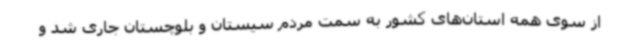
از سوی همه استان‌های کشور به سمت مردم سیستان و بلوچستان جاری شد و